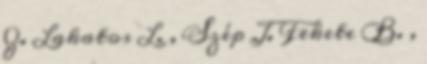
Z. Lakatos L. , Szép J. Fekete B. ,